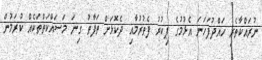
ނުރައްކާތެރި ހައްދުފަހަނަ އެޅުމުގެ ފިކުރު ފެތުރުމާއި ދެކޮޅަށް ތަފާތު ގިނަ މަސައްކަތްތަކެއް ކުރަމުން